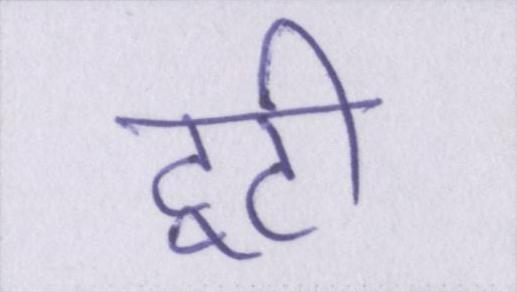
टूटी